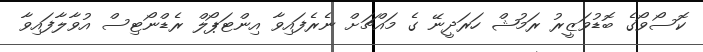
ކޮސޯވޯގެ ބޮޑުވަޒީރު ރަމުޝް ހަރަދީނޭ ގެ މައްޗަށް ނެެރެފައިވާ އިންޓަޕޯލް ރެޑްނޯޓިސް އުވާލާފައިވާ